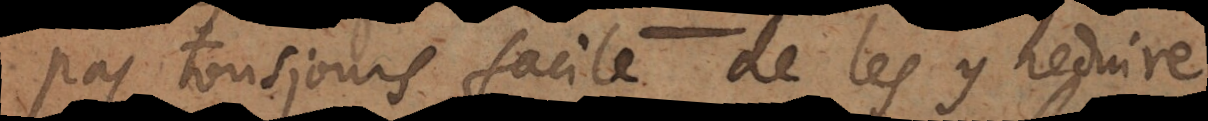
pas tousjours facile de les y reduire.